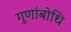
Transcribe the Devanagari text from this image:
गुणांबोधि